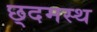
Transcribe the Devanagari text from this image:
छ्दमस्थ